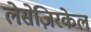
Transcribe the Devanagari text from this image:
लेसेज़िरकेल